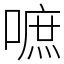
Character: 嗻